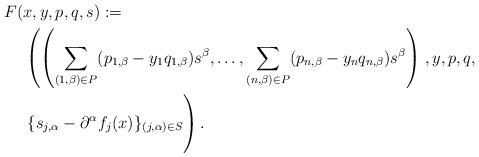
LaTeX: \begin{align*} F(&x,y,p,q,s) := \\ & \left( \left( \sum_{(1,\beta) \in P} (p_{1,\beta} - y_1 q_{1,\beta}) s^\beta, \ldots, \sum_{(n,\beta) \in P} (p_{n,\beta} - y_n q_{n,\beta}) s^\beta \right) \right. ,y,p,q,\\ & \left. \vphantom{ \sum_{(1,\beta) \in P}} \{ s_{j,\alpha} - \partial^\alpha f_j(x)\}_{(j,\alpha) \in S} \right). \end{align*}